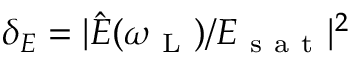
\delta _ { E } = | \hat { E } ( \omega _ { \mathrm { ~ L ~ } } ) / E _ { \mathrm { ~ s ~ a ~ t ~ } } | ^ { 2 }